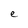
Character: e